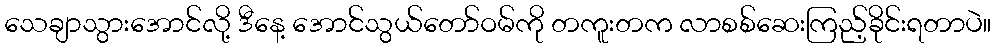
သေချာသွားအောင်လို့ ဒီနေ့ အောင်သွယ်တော်ဝမ်ကို တကူးတက လာစစ်ဆေးကြည့်ခိုင်းရတာပဲ။